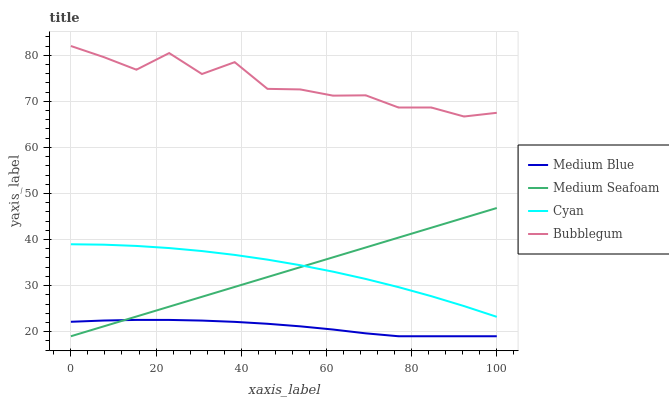
| xaxis_label | Medium Blue | Medium Seafoam | Cyan | Bubblegum |
 | --- | --- | --- | --- | --- |
 | 0 | 22.1 | 19 | 39 | 82 |
 | 7.69 | 22.4 | 21.1 | 38.9 | 79.6 |
 | 15.4 | 22.5 | 23.3 | 38.6 | 76.9 |
 | 23.1 | 22.5 | 25.4 | 38.1 | 80.5 |
 | 30.8 | 22.4 | 27.6 | 37.5 | 75.9 |
 | 38.5 | 22.1 | 29.7 | 36.7 | 78.5 |
 | 46.2 | 21.7 | 31.8 | 35.6 | 72.7 |
 | 53.8 | 21.2 | 34 | 34.4 | 72.6 |
 | 61.5 | 20.5 | 36.1 | 33 | 71.2 |
 | 69.2 | 19.6 | 38.3 | 31.4 | 71.3 |
 | 76.9 | 19 | 40.4 | 29.7 | 68.7 |
 | 84.6 | 19 | 42.6 | 27.7 | 68.7 |
 | 92.3 | 19 | 44.7 | 25.6 | 66.7 |
 | 100 | 19 | 46.8 | 23.2 | 67.5 |